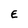
Character: E